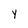
Character: y